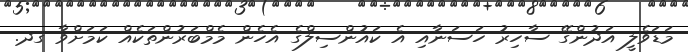
މަޑަވެލީ އަދުންގޭ ސާހިރު ހަސަނާއި އެ ކައުންސިލްގެ އެހެން މެމްބަރުންތަކެއް ކަމަށްވާ ގދ.